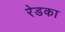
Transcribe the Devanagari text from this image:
रेडका